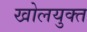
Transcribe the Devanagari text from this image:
खोलयुक्त